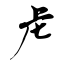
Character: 虍